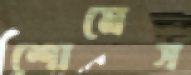
শোমেস